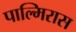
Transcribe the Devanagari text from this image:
पाल्मिरास